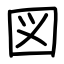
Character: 図